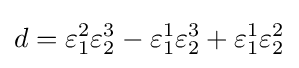
d=\varepsilon _{1}^{2}\varepsilon _{2}^{3}-\varepsilon _{1}^{1}\varepsilon _{2}^{3}+\varepsilon _{1}^{1}\varepsilon _{2}^{2}